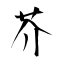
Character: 芥